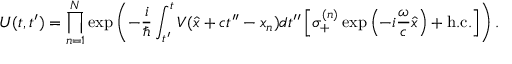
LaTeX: U ( t , t ^ { \prime } ) = \prod _ { n = 1 } ^ { N } \exp \left( - \frac { i } { \hbar } \int _ { t ^ { \prime } } ^ { t } V ( \widehat { x } + c t ^ { \prime \prime } - x _ { n } ) d t ^ { \prime \prime } \left[ \sigma _ { + } ^ { ( n ) } \exp \left( - i \frac { \omega } { c } \widehat { x } \right) + \mathrm { h . c . } \right] \right) .